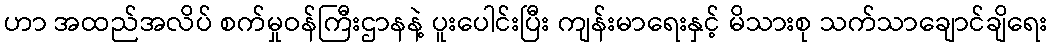
ဟာ အထည်အလိပ် စက်မှုဝန်ကြီးဌာနနဲ့ ပူးပေါင်းပြီး ကျန်းမာရေးနှင့် မိသားစု သက်သာချောင်ချိရေး